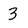
Character: 3